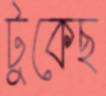
টুকেছ